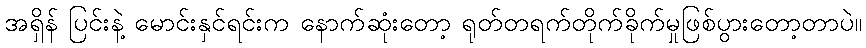
အရှိန် ပြင်းနဲ့ မောင်းနှင်ရင်းက နောက်ဆုံးတော့ ရုတ်တရက်တိုက်ခိုက်မှုဖြစ်ပွားတော့တာပဲ။